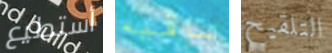
أستطيع ساقيه التلقيح